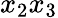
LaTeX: x_{2}x_{3}